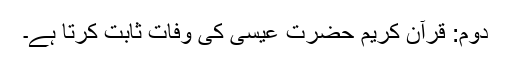
دوم: قرآن کریم حضرت عیسیٰ کی وفات ثابت کرتا ہے۔